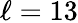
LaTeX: \ell=13